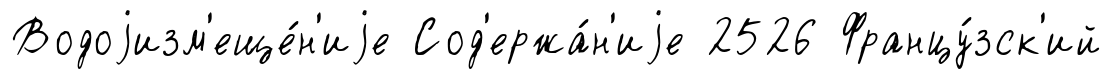
Водоjизм'еще́н'иjе Сод'ержа́н'иjе 2526 Францу́зск'ий